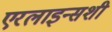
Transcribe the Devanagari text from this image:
एरलाइन्सशी